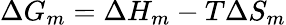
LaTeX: \Delta G_{m}=\Delta H_{m}-T\Delta S_{m}